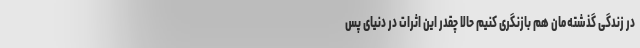
در زندگی گذشته‌مان هم بازنگری کنیم حالا چقدر این اثرات در دنیای پس